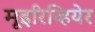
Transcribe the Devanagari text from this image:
मूइरिव्हियेर